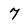
Character: 7